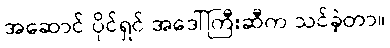
အဆောင် ပိုင်ရှင် အဒေါ်ကြီးဆီက သင်ခဲ့တာ။